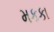
મકકા